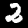
Label: 2